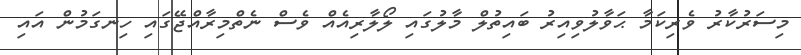
މިސަރުކާރު ވެރިކަމާ ޙަވާލުވިއިރު ބައިތުލް މާލުގައި ލޯލާރިއެއް ވެސް ނެތްމިރާއްޖޭގައި ހިނގަމުން އައި